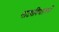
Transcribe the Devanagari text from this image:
नाट्यविद्यालयों